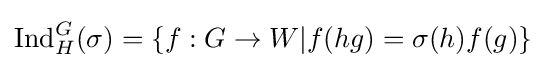
\operatorname {Ind} _{H}^{G}(\sigma )=\{f:G\to W|f(hg)=\sigma (h)f(g)\}